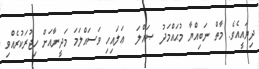
ދިޔައީއެވެ. މާތް ނަބިއްޔާ މުޙައްމަދު ޞައްލަ  ޢަލައިހި ވަސައްލަމަ މަދީނާއަށް ހިޖުރަކުރެއްވި